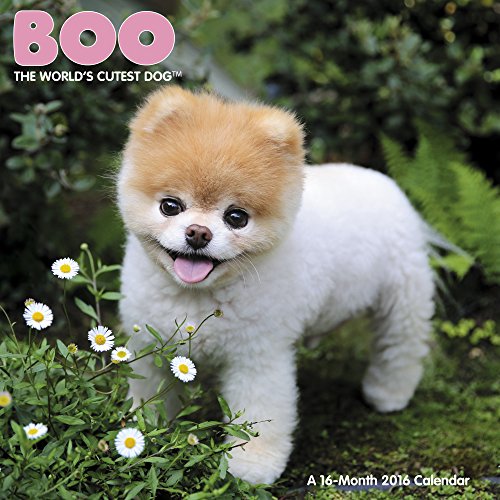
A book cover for Boo Wall Calendar (2016); Day Dream; Calendars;